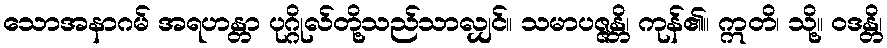
သောအနာဂမ် အရဟန္တာ ပုဂ္ဂိုလ်တို့သည်သာလျှင်။ သမာပဇ္ဇန္တိ၊ ကုန်၏။ ဣတိ၊ သို့။ ဝဒန္တိ၊